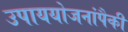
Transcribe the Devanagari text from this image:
उपाययोजनांपैकी